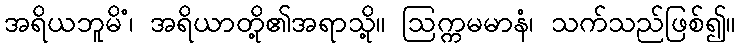
အရိယဘူမိံ၊ အရိယာတို့၏အရာသို့။ ဩက္ကမမာနံ၊ သက်သည်ဖြစ်၍။